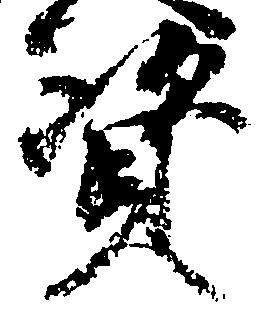
資